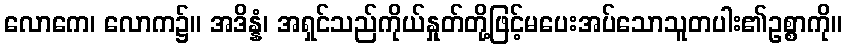
လောကေ၊ လောက၌။ အဒိန္နံ၊ အရှင်သည်ကိုယ်နှုတ်တို့ဖြင့်မပေးအပ်သောသူတပါး၏ဥစ္စာကို။